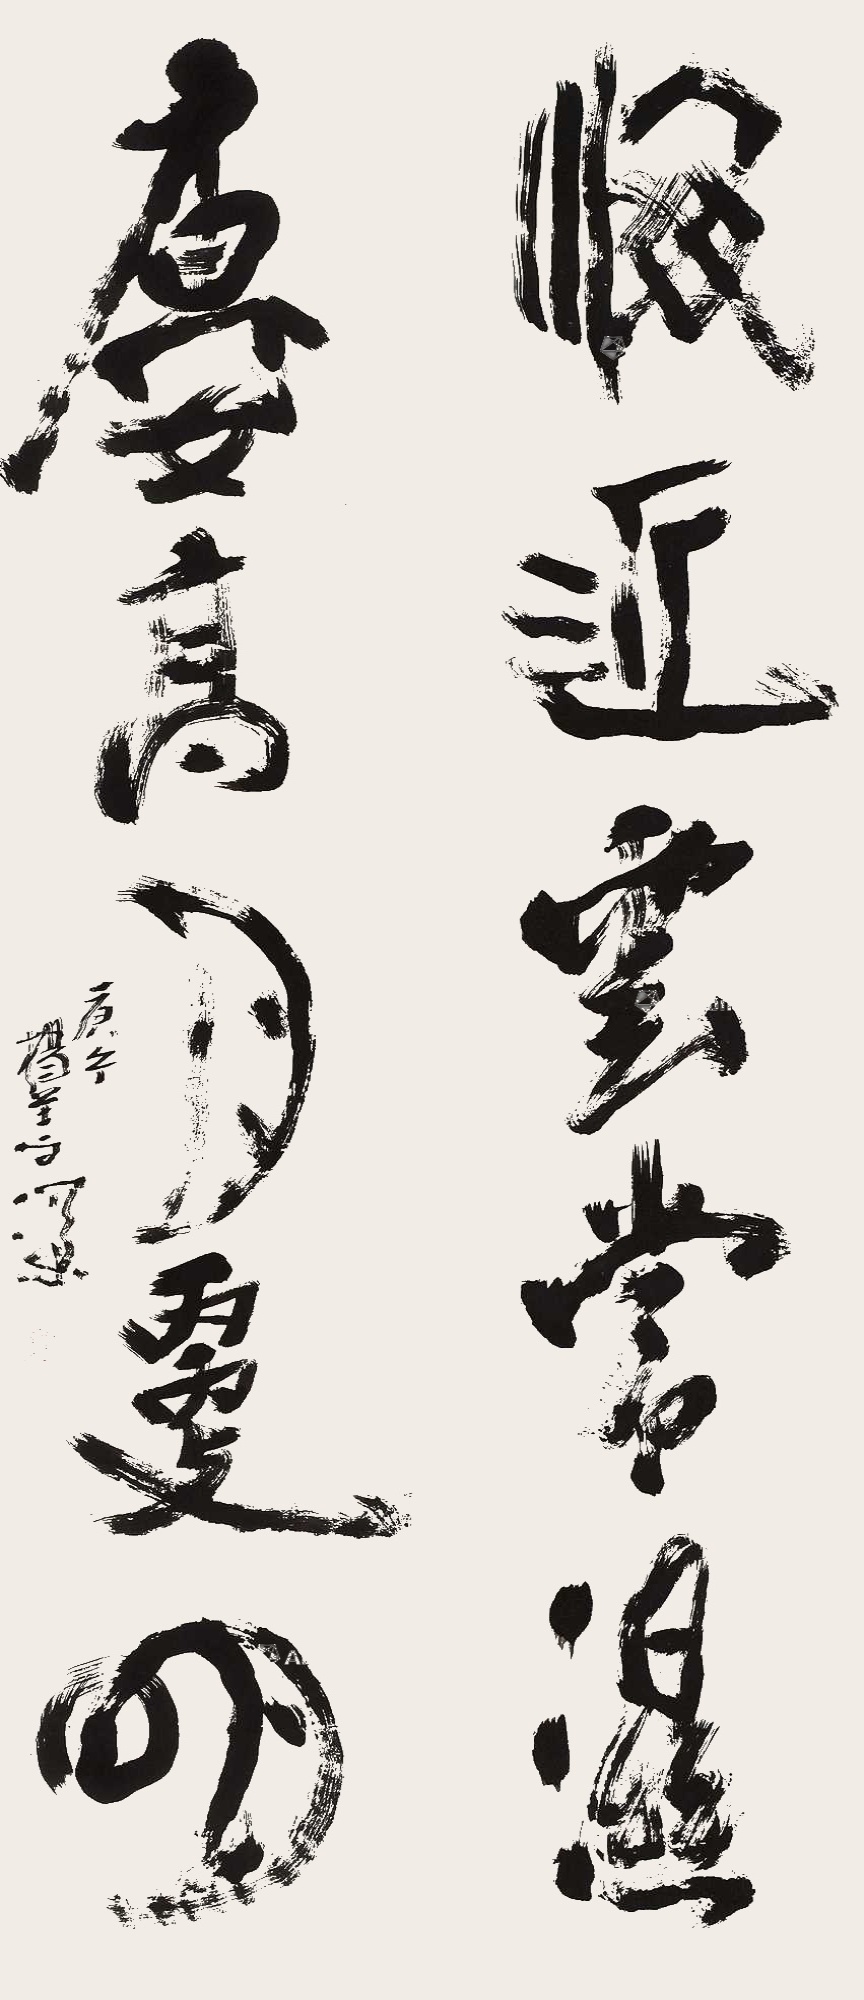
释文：海近云常湿，楼高月更明。庚午杨善深。